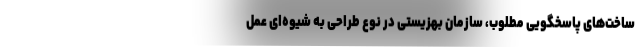
ساخت‌های پاسخگویی مطلوب، سازمان بهزیستی در نوع طراحی به شیوه‌ای عمل